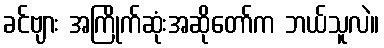
ခင်ဗျား အကြိုက်ဆုံးအဆိုတော်က ဘယ်သူလဲ။